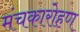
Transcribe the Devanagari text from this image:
मंचकारोहण